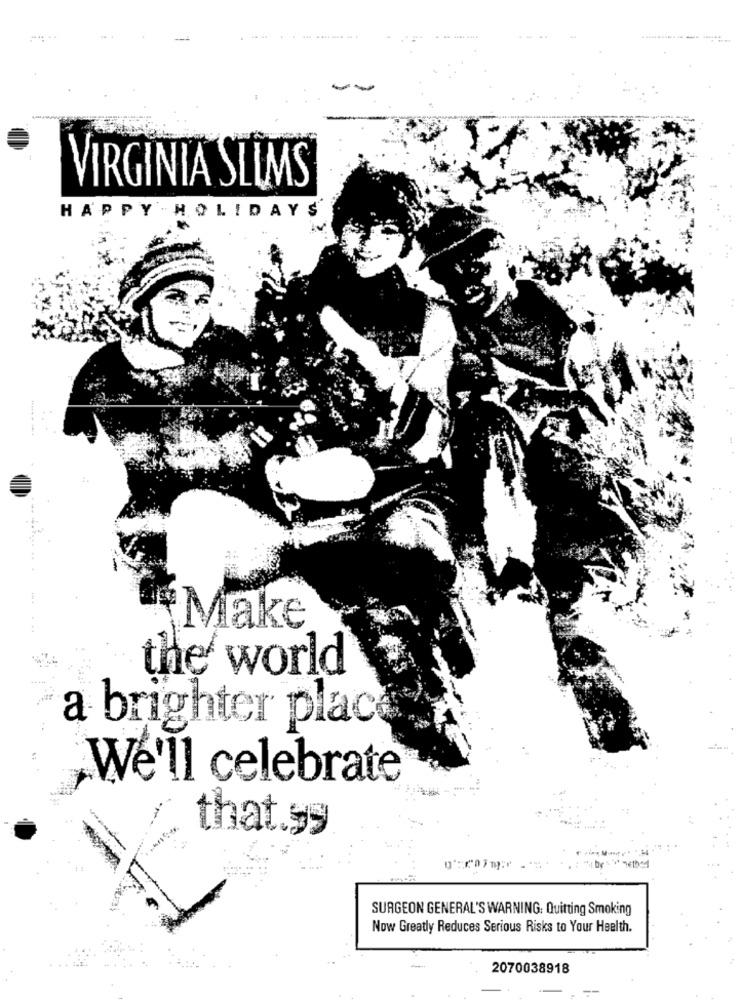
VIRGINIA SLIMS
HAPPY HOLIDAYS
Make
the world
a brighter plac
We'll celebrate
that sy
SURGEON GENERAL'S WARNING: Quitting Smoking
Now Greatly Reduces Serious Risks to Your Health.
2070038918